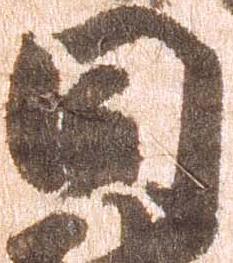
同